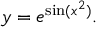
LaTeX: y = e ^ { \sin ( x ^ { 2 } ) } .